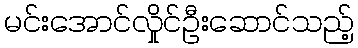
မင်းအောင်လှိုင်ဦးဆောင်သည့်